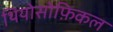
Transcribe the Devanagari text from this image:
थियोसोफ़िकल